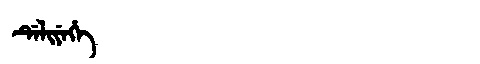
Manchu: ᡩᡝᠯᡳᠶᡝᡥᡝ
Romanization: DELIYEHE